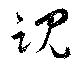
魂